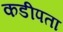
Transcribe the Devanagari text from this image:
कडीपता